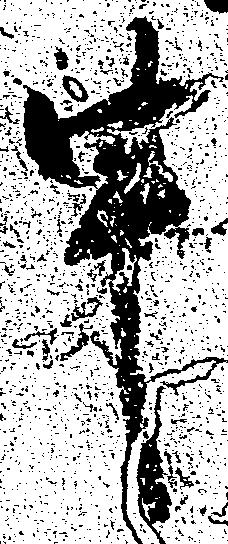
申